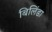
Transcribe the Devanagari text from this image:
बिलिंडा